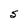
Character: S